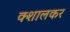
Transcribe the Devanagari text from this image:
क्शालकर